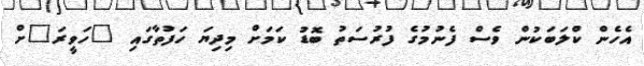
އެހެން ކްލަބަކުން ވެސް ފެނުމުގެ ފުރުސަތު ބޮޑު ކަމަށް މިދިޔަ ހަފުތާގައި "ހަވީރަ"ށް